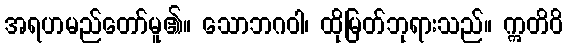
အရဟမည်တော်မူ၏။ သောဘဂဝါ၊ ထိုမြတ်ဘုရားသည်။ ဣတိဝိ